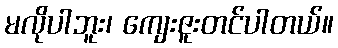
မလိုပါဘူး၊ ကျေးဇူးတင်ပါတယ်။